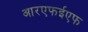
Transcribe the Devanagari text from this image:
आरएफईएफ